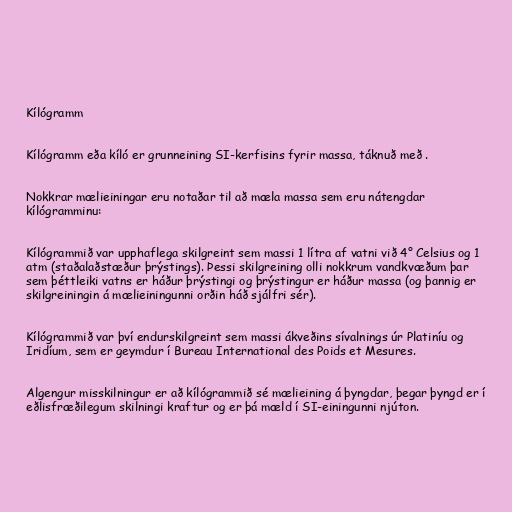
Kílógramm

Kílógramm eða kíló er grunneining SI-kerfisins fyrir massa, táknuð með .

Nokkrar mælieiningar eru notaðar til að mæla massa sem eru nátengdar
kílógramminu:

Kílógrammið var upphaflega skilgreint sem massi 1 lítra af vatni við 4° Celsius og 1
atm (staðalaðstæður þrýstings). Þessi skilgreining olli nokkrum vandkvæðum þar
sem þéttleiki vatns er háður þrýstingi og þrýstingur er háður massa (og þannig er
skilgreiningin á mælieiningunni orðin háð sjálfri sér).

Kílógrammið var því endurskilgreint sem massi ákveðins sívalnings úr Platiníu og
Iridíum, sem er geymdur í Bureau International des Poids et Mesures.

Algengur misskilningur er að kílógrammið sé mælieining á þyngdar, þegar þyngd er í
eðlisfræðilegum skilningi kraftur og er þá mæld í SI-einingunni njúton.